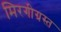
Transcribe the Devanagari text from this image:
मिरगीग्रस्त